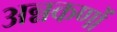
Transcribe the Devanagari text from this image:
अन्नकणों